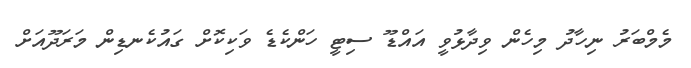
މެމްބަރު ނިހާދު މިހެން ވިދާޅުވީ އައްޑޫ ސިޓީ ހަންކެޑެ ވަކިކޮށް ގައުކެނޑިން މަރަދޫއަށް